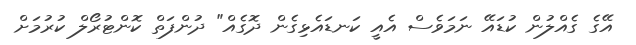
އޭގެ ގެއްލުން ކުޑައޭ ނަމަވެސް އެއީ ކަނޑައެޅިގެން ދޮގެއް" ދުންފަތް ކޮންޓުރޯލް ކުރުމަށް